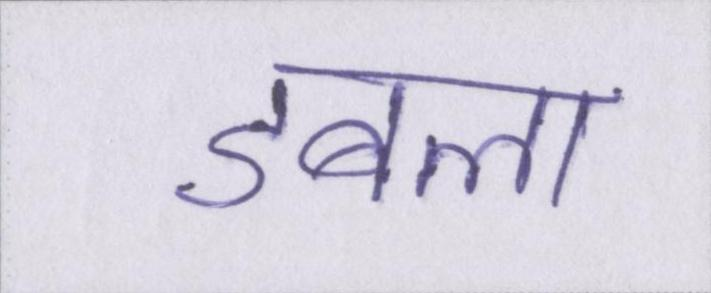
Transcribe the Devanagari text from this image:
डबला